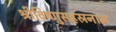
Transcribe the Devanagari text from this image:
श्रीविष्णुसहस्रनाम